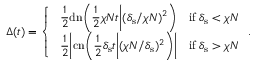
\Delta ( t ) = \left\{ \begin{array} { l l } { \displaystyle \; \frac { 1 } { 2 } \mathrm { d n } \bigg ( \frac { 1 } { 2 } \chi N t \bigg | ( \delta _ { \mathrm { s } } / \chi N ) ^ { 2 } \bigg ) \quad \mathrm { i f } \; \delta _ { \mathrm { s } } < \chi N } \\ { \displaystyle \; \frac { 1 } { 2 } \bigg | \mathrm { c n } \bigg ( \frac { 1 } { 2 } \delta _ { \mathrm { s } } t \bigg | ( \chi N / \delta _ { \mathrm { s } } ) ^ { 2 } \bigg ) \bigg | \quad \mathrm { i f } \; \delta _ { \mathrm { s } } > \chi N } \end{array} \right. .